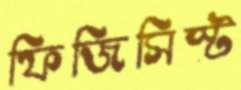
ফিজিসিস্ট